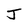
Character: J